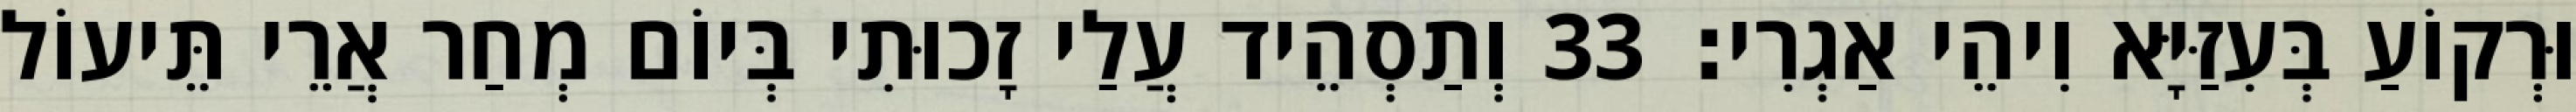
וּרְקוֹעַ בְּעִזַּיָּא וִיהֵי אַגְרִי׃ 33 וְתַסְהֵיד עֲלַי זָכוּתִי בְּיוֹם מְחַר אֲרֵי תֵּיעוֹל